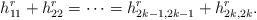
LaTeX: \begin{align*} h_{11}^r+h_{22}^r=\cdots=h_{2k-1,2k-1}^r+h_{2k,2k}^r.\end{align*}